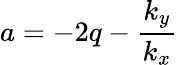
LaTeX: a=-2q-{\frac{k_{y}}{k_{x}}}